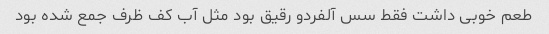
طعم خوبی داشت فقط سس آلفردو رقیق بود مثل آب کف ظرف جمع شده بود